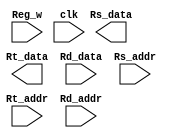
/*
 *	Template for Project 3 Part 3
 *	Copyright (C) 2024 Shi Chen Lin or any person belong ESSLab.
 *	All Right Reserved.
 *
 *	This program is free software: you can redistribute it and/or modify
 *	it under the terms of the GNU General Public License as published by
 *	the Free Software Foundation, either version 3 of the License, or
 *	(at your option) any later version.
 *
 *	This program is distributed in the hope that it will be useful,
 *	but WITHOUT ANY WARRANTY; without even the implied warranty of
 *	MERCHANTABILITY or FITNESS FOR A PARTICULAR PURPOSE.  See the
 *	GNU General Public License for more details.
 *
 *	You should have received a copy of the GNU General Public License
 *	along with this program.  If not, see <https://www.gnu.org/licenses/>.
 *
 *	This file is for people who have taken the cource (1102 Computer
 *	Organizarion) to use.
 *	We (ESSLab) are not responsible for any illegal use.
 *
 */
 
/*
 * Macro of size declaration of register memory
 * CAUTION: DONT MODIFY THE NAME AND VALUE.
 */
`define REG_MEM_SIZE	32	// Words

/*
 * Declaration of Register File for this project.
 * CAUTION: DONT MODIFY THE NAME.
 */
module RF(
	// Outputs
	output [31:0] Rs_data, Rt_data,
	// Inputs
	input [31:0] Rd_data,
	input [4:0] Rs_addr, Rt_addr, Rd_addr,
	input Reg_w, clk
);

	/* 
	 * Declaration of inner register.
	 * CAUTION: DONT MODIFY THE NAME AND SIZE.
	 */
	reg [31:0]R[0:`REG_MEM_SIZE - 1];

endmodule